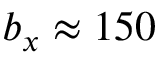
b _ { x } \approx 1 5 0